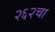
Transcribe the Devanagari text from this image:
२६२चा